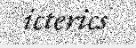
icterics